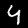
Label: 4